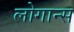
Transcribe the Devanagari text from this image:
लोगान्स